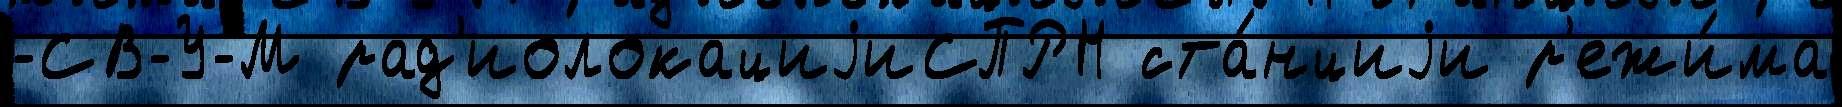
-СВ-У-М рад'иолокациjиСПРН ста́нциjи р'ежи́ма